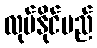
လုပ်နိုင်မည်